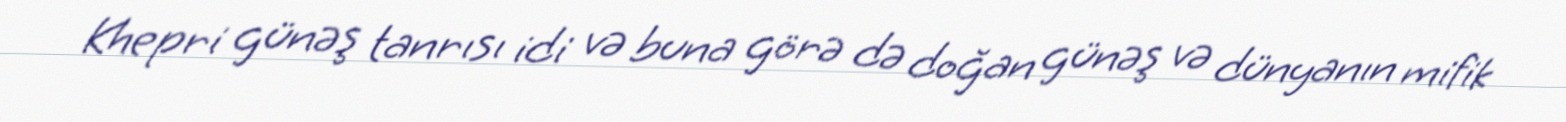
Khepri günəş tanrısı idi və buna görə də doğan günəş və dünyanın mifik